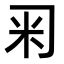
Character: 𥸥